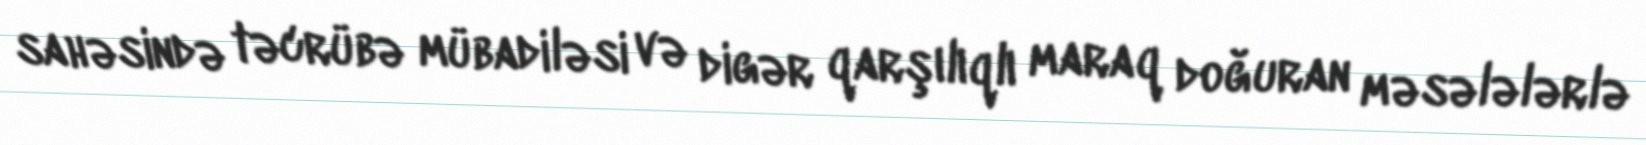
sahəsində təcrübə mübadiləsi və digər qarşılıqlı maraq doğuran məsələlərlə